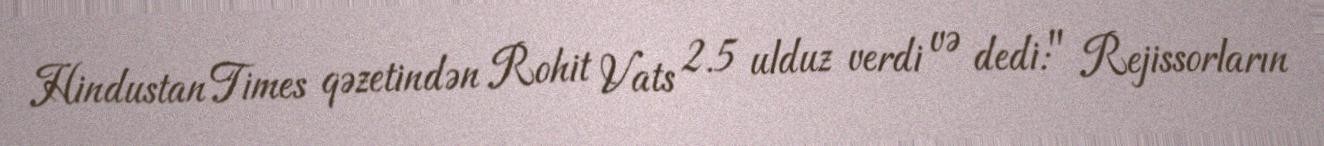
Hindustan Times qəzetindən Rohit Vats 2.5 ulduz verdi və dedi:" Rejissorların